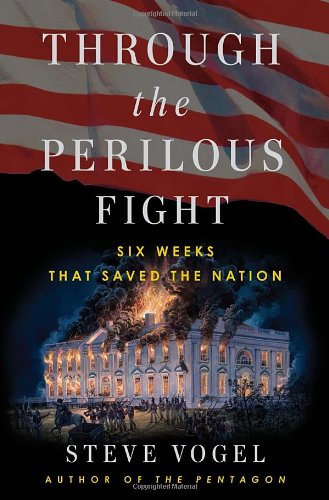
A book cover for Through the Perilous Fight: Six Weeks That Saved the Nation; Steve Vogel; History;